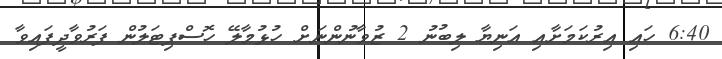
6:40 ހައި އިރުކަމަށާއި އަނިޔާ ލިބުނު 2 ޒުވާނުންނަށް ހުޅުމާލޭ ހޮސްޕިޓަލުން ފަރުވާދީފައިވާ